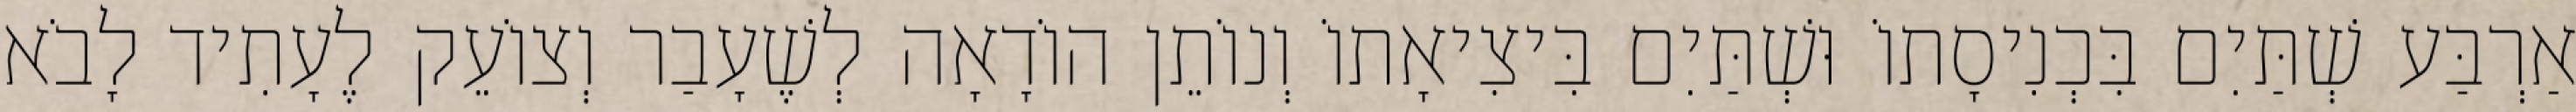
אַרְבַּע שְׁתַּיִם בִּכְנִיסָתוֹ וּשְׁתַּיִם בִּיצִיאָתוֹ וְנוֹתֵן הוֹדָאָה לְשֶׁעָבַר וְצוֹעֵק לֶעָתִיד לָבֹא